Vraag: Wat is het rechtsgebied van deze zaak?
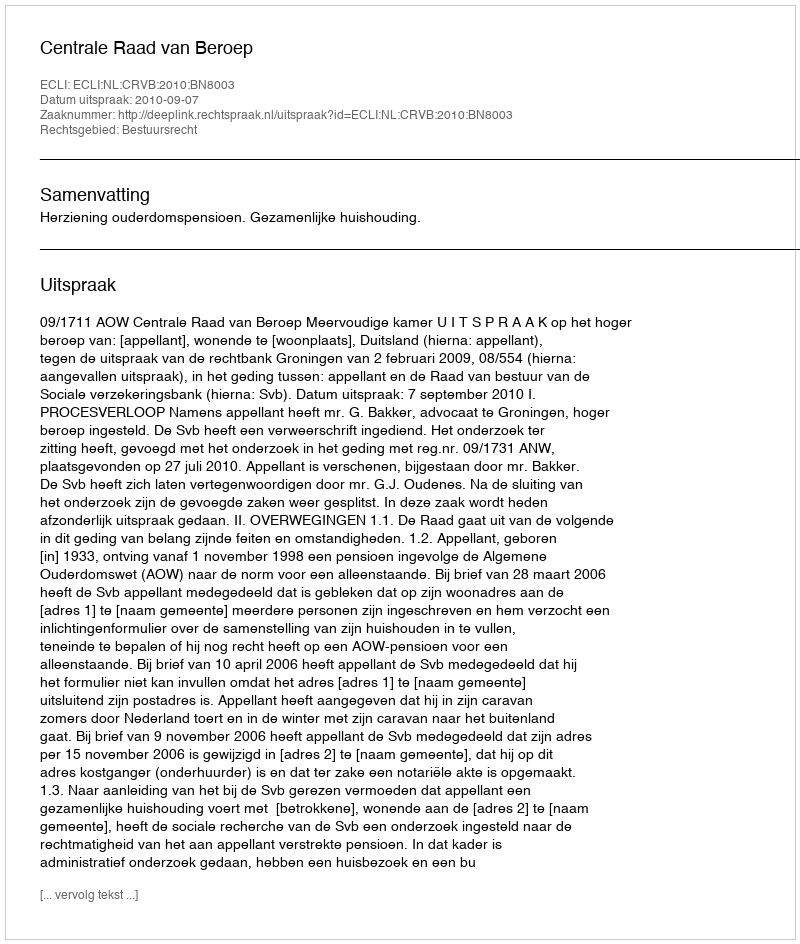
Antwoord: Bestuursrecht